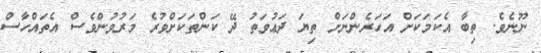
ނޫނެވެ. ތިބާ އެކަމަކަށް އަހަރެންނަށް ތިޔަ ދަޢުވަތު ދޭ ކަންތަކަށްވުރެ މަރުވުންވެސް އެތައްހާސް